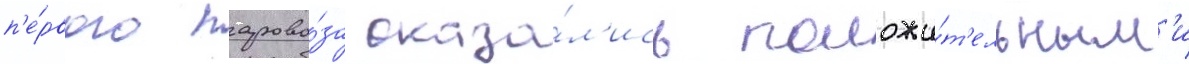
п'е́рвого парово́за оказа́л'ись положи́т'ельным'и